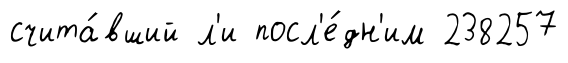
счита́вший л'и посл'е́дн'им 238257